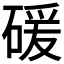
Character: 𥔛